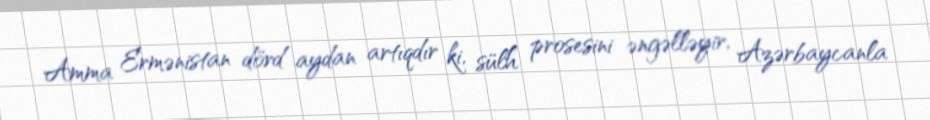
Amma Ermənistan dörd aydan artıqdır ki, sülh prosesini əngəlləyir, Azərbaycanla